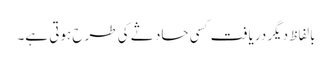
بالفاظ دیگر دریافت کسی حاد ثے کی طرح ہوتی ہے۔